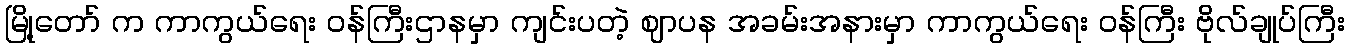
မြို့တော် က ကာကွယ်ရေး ဝန်ကြီးဌာနမှာ ကျင်းပတဲ့ ဈာပန အခမ်းအနားမှာ ကာကွယ်ရေး ဝန်ကြီး ဗိုလ်ချုပ်ကြီး